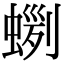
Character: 𧍼